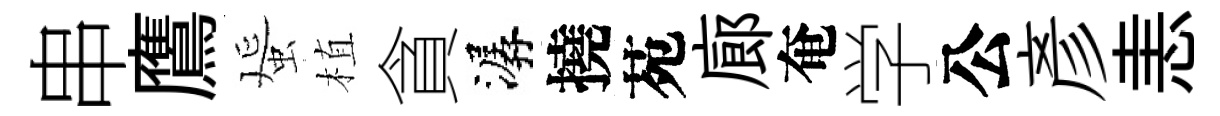
串鷹蜑植貪潺撓苑廊奄学公彥恚